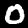
Label: 0